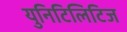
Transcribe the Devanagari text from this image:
युनिटिलिटिज